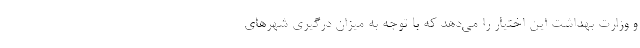
و وزارت بهداشت این اختیار را می‌دهد که با توجه به میزان درگیری شهرهای